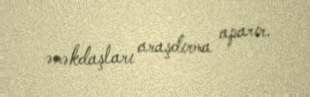
əməkdaşları araşdırma aparır.